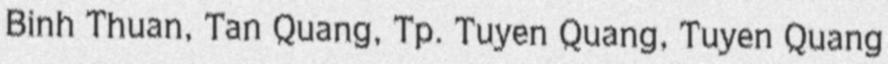
Binh Thuan, Tan Quang, Tp. Tuyen Quang, Tuyen Quang